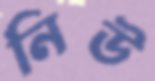
নিউ